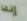
إنها